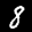
Label: 8